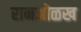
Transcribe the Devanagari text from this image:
रानओळख